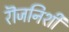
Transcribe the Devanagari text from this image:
रॊजनिशी